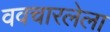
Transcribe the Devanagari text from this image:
ववचारलेला